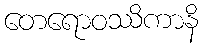
တေရောဝဿိကာနိ